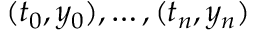
( t _ { 0 } , y _ { 0 } ) , \ldots , ( t _ { n } , y _ { n } )